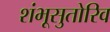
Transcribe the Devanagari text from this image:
शंभूसुतोरिव